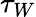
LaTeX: \tau_{W}